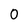
Character: 0